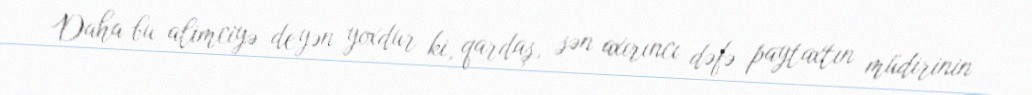
Daha bu alimciyə deyən yoxdur ki, qardaş, sən axırıncı dəfə paytaxtın müdirinin